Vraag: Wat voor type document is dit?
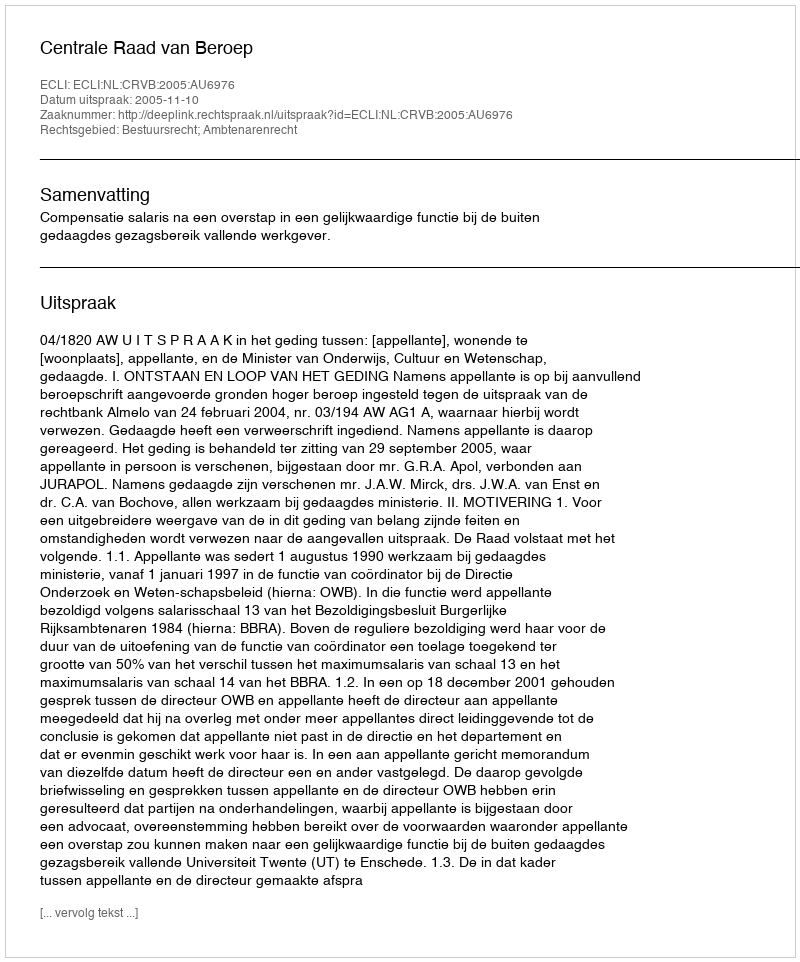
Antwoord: Uitspraak